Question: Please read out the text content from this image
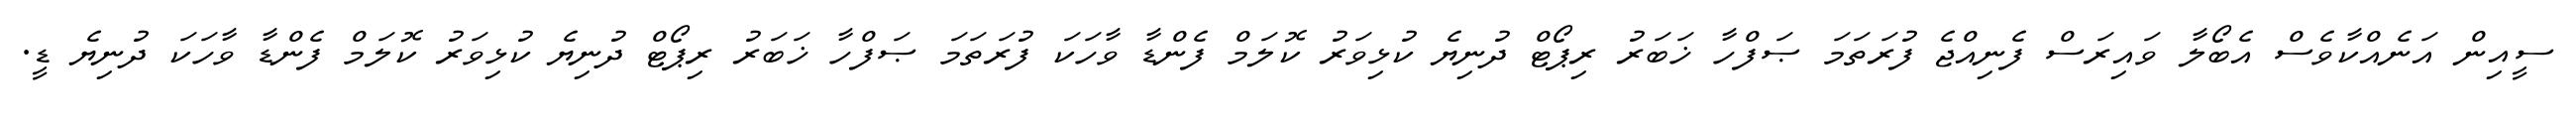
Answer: ސީއިން އަނެއްކާވެސް އެބޯލާ ވައިރަސް ފެނިއްޖެ ފުރަތަމަ ޞަފްހާ ޚަބަރު ރިޕޯޓް ދުނިޔެ ކުޅިވަރު ކޮލަމް ފެންޑާ ވާހަކަ ފުރަތަމަ ޞަފްހާ ޚަބަރު ރިޕޯޓް ދުނިޔެ ކުޅިވަރު ކޮލަމް ފެންޑާ ވާހަކަ ދުނިޔެ ޑީ.